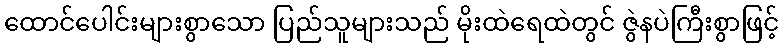
ထောင်ပေါင်းများစွာသော ပြည်သူများသည် မိုးထဲရေထဲတွင် ဇွဲနပဲကြီးစွာဖြင့်